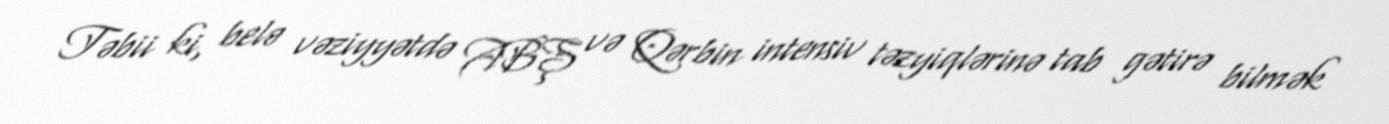
Təbii ki, belə vəziyyətdə ABŞ və Qərbin intensiv təzyiqlərinə tab gətirə bilmək